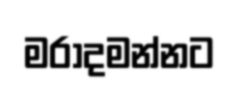
මරාදමන්නට